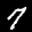
Label: 7